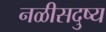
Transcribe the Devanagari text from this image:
नळीसदुष्य